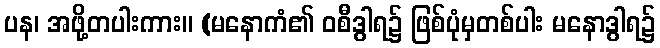
ပန၊ အဖို့တပါးကား။ (မနောကံ၏ ဝစီဒွါရ၌ ဖြစ်ပုံမှတစ်ပါး မနောဒွါရ၌